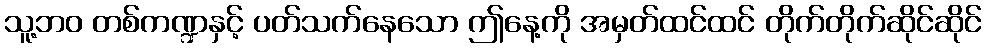
သူ့ဘဝ တစ်ကဏ္ဍနှင့် ပတ်သက်နေသော ဤနေ့ကို အမှတ်ထင်ထင် တိုက်တိုက်ဆိုင်ဆိုင်